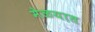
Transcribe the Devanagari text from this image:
मेळयात